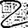
Digit: 2